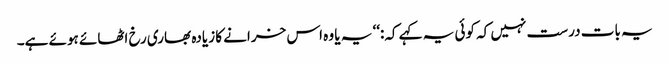
یہ بات درست نہیں کہ کوئی یہ کہے کہ:‘‘ یہ یا وہ اس خرانے کا زیادہ بھاری رخ اٹھائے ہوئے ہے۔